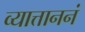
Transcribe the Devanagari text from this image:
व्यात्ताननं